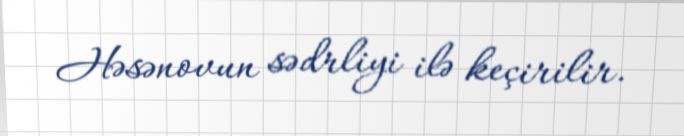
Həsənovun sədrliyi ilə keçirilir.